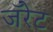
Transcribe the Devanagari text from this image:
जॅरेट